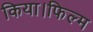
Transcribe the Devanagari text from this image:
किया।फिल्म